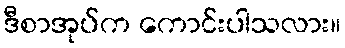
ဒီစာအုပ်က ကောင်းပါသလား။